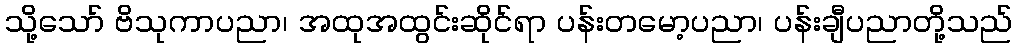
သို့သော် ဗိသုကာပညာ၊ အထုအထွင်းဆိုင်ရာ ပန်းတမော့ပညာ၊ ပန်းချီပညာတို့သည်